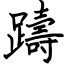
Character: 躊